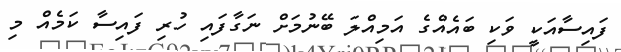
ފައިސާއަކީ ވަކި ބައެއްގެ އަމިއްލަ ބޭނުމަށް ނަގާފައި ހުރި ފައިސާ ކަމެއް މި